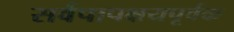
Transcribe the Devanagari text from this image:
सर्वपापक्षयपूर्वक